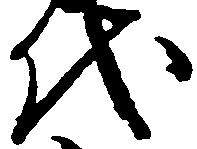
代